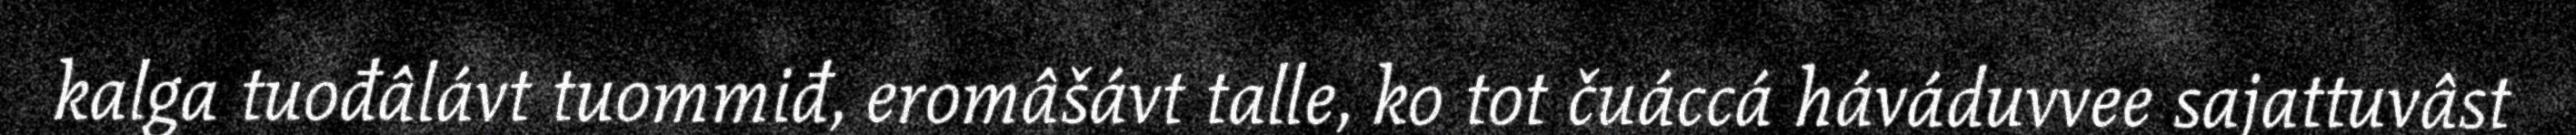
kalga tuođâlávt tuommiđ, eromâšávt talle, ko tot čuáccá háváduvvee sajattuvâst